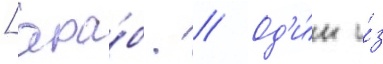
[ара́б. // Од'и́н и́з